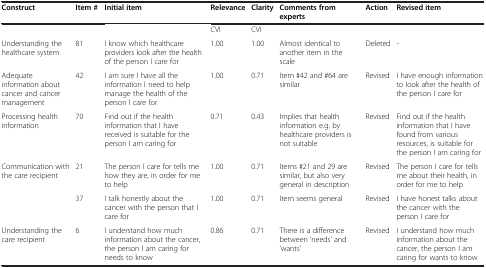
| Construct | Item # | Initial item | Relevance | Clarity | Comments from experts | Action | Revised item |
 | --- | --- | --- | --- | --- | --- | --- | --- |
 |  |  |  | CVI | CVI |  |  |  |
 | Understanding the healthcare system | 81 | I know which healthcare providers look after the health of the person I care for | 1.00 | 1.00 | Almost identical to another item in the scale | Deleted | - |
 | Adequate information about cancer and cancer management | 42 | I am sure I have all the information I need to help manage the health of the person I care for | 1.00 | 0.71 | Item #42 and #64 are similar | Revised | I have enough information to look after the health of the person I care for |
 | Processing health information | 70 | Find out if the health information that I have received is suitable for the person I am caring for | 0.71 | 0.43 | Implies that health information e.g. by healthcare providers is not suitable | Revised | Find out if the health information that I have found from various resources, is suitable for the person I am caring for |
 | Communication with the care recipient | 21 | The person I care for tells me how they are, in order for me to help | 1.00 | 0.71 | Items #21 and 29 are similar, but also very general in description | Revised | The person I care for tells me about their health, in order for me to help |
 |  | 37 | I talk honestly about the cancer with the person that I care for | 1.00 | 0.71 | Item seems general | Revised | I have honest talks about the cancer with the person I care for |
 | Understanding the care recipient | 6 | I understand how much information about the cancer, the person I am caring for needs to know | 0.86 | 0.71 | There is a difference between ‘needs’ and ‘wants’ | Revised | I understand how much information about the cancer, the person I am caring for wants to know |